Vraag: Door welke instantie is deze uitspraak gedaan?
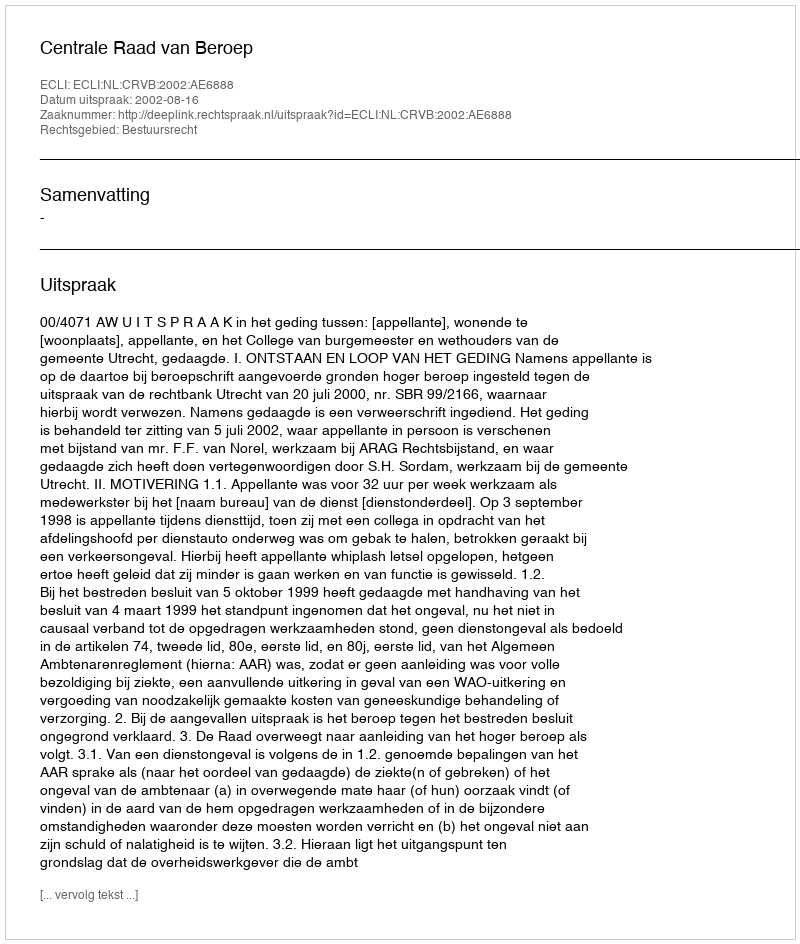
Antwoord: Centrale Raad van Beroep